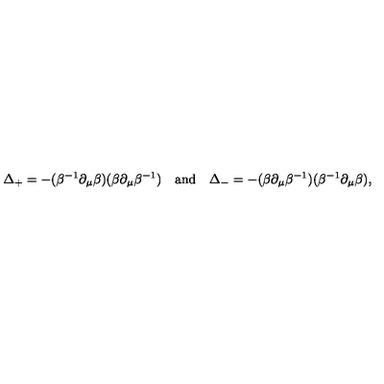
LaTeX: \Delta _ { + } = - ( \beta ^ { - 1 } \partial _ { \mu } \beta ) ( \beta \partial _ { \mu } \beta ^ { - 1 } ) \quad \mathrm { a n d } \quad \Delta _ { - } = - ( \beta \partial _ { \mu } \beta ^ { - 1 } ) ( \beta ^ { - 1 } \partial _ { \mu } \beta ) ,